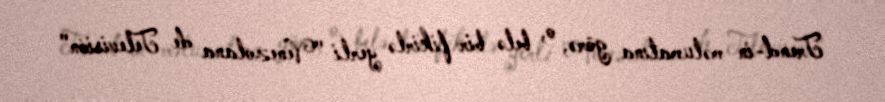
Trend-in məlumatına görə, o, belə bir fikirlə yerli "Venezolana de Televisión"